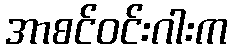
အာစင်ဝင်းဂါးက